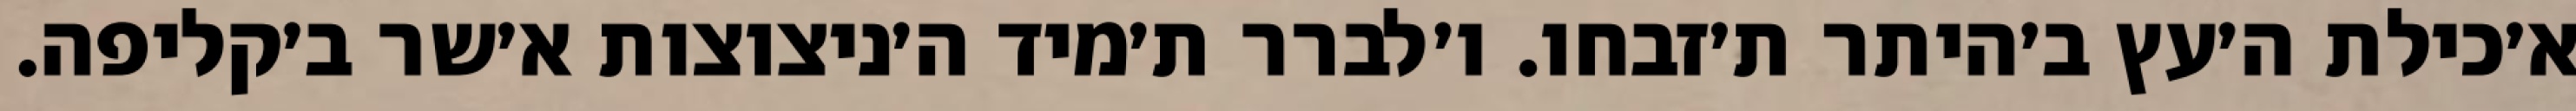
א׳כילת ה׳עץ ב׳היתר ת׳זבחו. ו׳לברר ת׳מיד ה׳ניצוצות א׳שר ב׳קליפה.